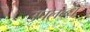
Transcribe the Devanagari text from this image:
उपलब्ब्ध